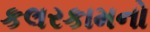
કલરકામનો